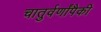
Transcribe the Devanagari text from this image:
चातुर्वर्णांपैकी